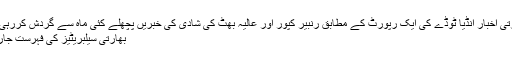
بھارتی اخبار انڈیا ٹوڈے کی ایک رپورٹ کے مطابق رنبیر کپور اور عالیہ بھٹ کی شادی کی خبریں پچھلے کئی ماہ سے گردش کررہی ہیں
بھارتی سیلبریٹیز کی فہرست جاری ۔